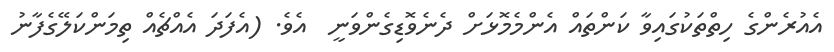
އެއުރެންގެ ހިތްތަކުގައިވާ ކަންތައް އެންމެމޮޅަށް ދެނެވޮޑިގެންވަނީ  އެވެ. (އެފަދަ އެއްޗެއް ތިމަންކަލޭގެފާނު